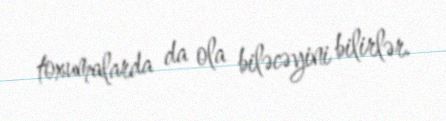
toxumalarda da ola biləcəyini bilirlər.